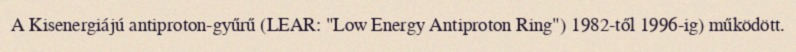
A Kisenergiájú antiproton-gyűrű (LEAR: "Low Energy Antiproton Ring") 1982-től 1996-ig) működött.